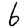
Digit: 6